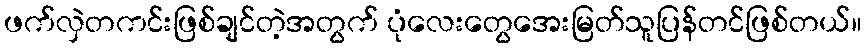
ဖက်လှဲတကင်းဖြစ်ချင်တဲ့အတွက် ပုံလေးတွေအေးမြတ်သူပြန်တင်ဖြစ်တယ်။